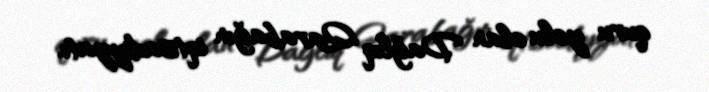
quru yolu olan Dağlıq Qarabağın iqtisadiyyatı.